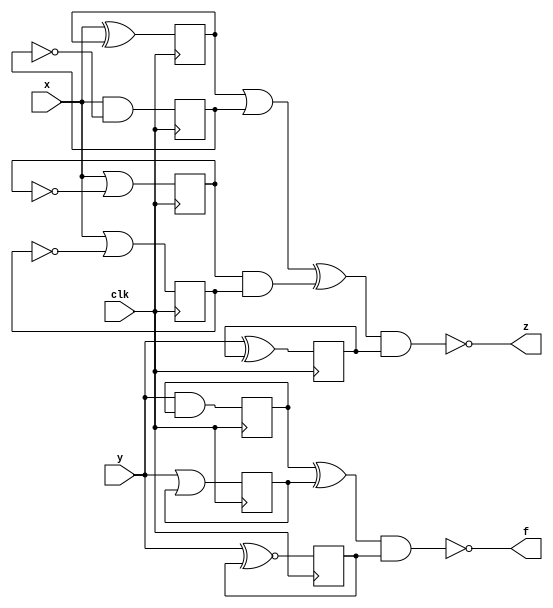
module top_module(
    input clk,
    input x,
    input y,
    output z,f);
    reg Q1;
    reg Q2;
    reg Q3;
    reg Q4;
    reg Q5;
    reg Q6;
    reg Q7;
    reg Q8;

    always @ (posedge clk)begin
        Q1 <= (x ^ Q1);
        Q2 <= (x & ~Q2);
        Q3 <= (x | ~Q3);
        Q4 <= (x | ~Q4);
        Q5 <= (y ^ Q5 );
        Q6 <= (y & Q6 );
        Q7 <= (y | Q7 );
        Q8 <= (y ^~ Q8 );
   end

   assign z = ~(((Q1|Q2)^(Q3&Q4))&Q5);
   assign f = ~((Q6^Q7)&Q8);

endmodule